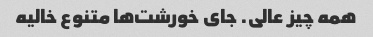
همه چیز عالی. جای خورشت‌ها متنوع خالیه